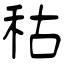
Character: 秙